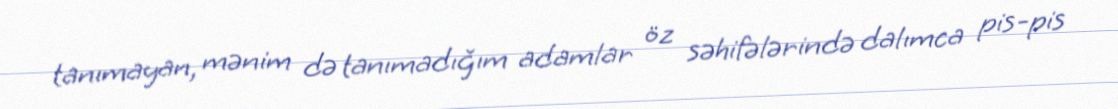
tanımayan, mənim də tanımadığım adamlar öz səhifələrində dalımca pis-pis